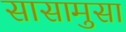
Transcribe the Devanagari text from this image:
सासामुसा